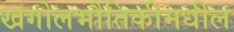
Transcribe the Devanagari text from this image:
खगोलभौतिकीमधील